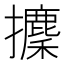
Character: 攈